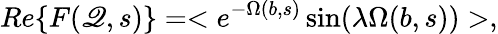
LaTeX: Re\{ F(\mathscr{Q},s)\} =<e^{-\Omega(b,s)}\sin(\lambda\Omega(b,s))>,